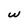
Character: w